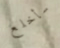
سأخلع